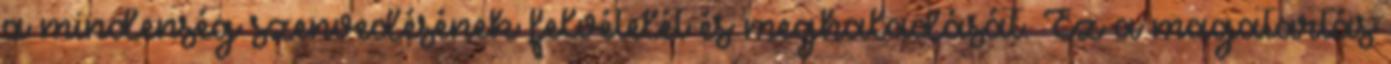
a mindenség szenvedésének felvételét és meghaladását. Ez a magatartás